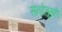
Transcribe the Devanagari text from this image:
सनदेतूनही